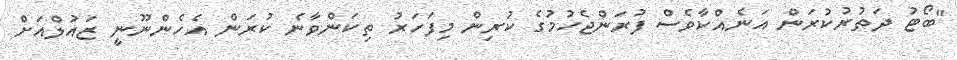
"ބޯޓު ދަތުރުކުރަން އަނެއްކާވެސް ފުރަންޖެހުމުގެ ކުރިން މިފަހަރު ތިކަންވާނެ ކުރަން އެހެންނޫނީ ޒައުލްއަށް